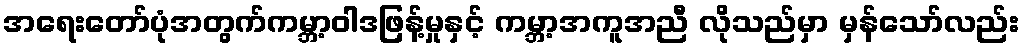
အရေးတော်ပုံအတွက်ကမ္ဘာ့ဝါဒဖြန့်မှုနှင့် ကမ္ဘာ့အကူအညီ လိုသည်မှာ မှန်သော်လည်း